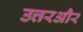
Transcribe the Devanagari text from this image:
उत्तरऔर